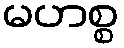
မဟစ္စ